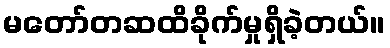
မတော်တဆထိခိုက်မှုရှိခဲ့တယ်။